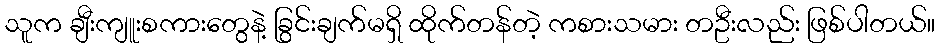
သူက ချီးကျူးစကားတွေနဲ့ ခြွင်းချက်မရှိ ထိုက်တန်တဲ့ ကစားသမား တဦးလည်း ဖြစ်ပါတယ်။